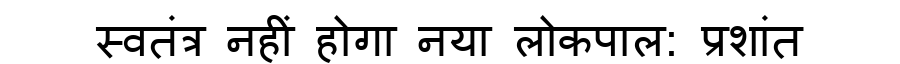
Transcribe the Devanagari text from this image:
स्वतंत्र नहीं होगा नया लोकपाल: प्रशांत